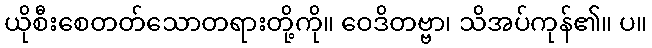
ယိုစီးစေတတ်သောတရားတို့ကို။ ဝေဒိတဗ္ဗာ၊ သိအပ်ကုန်၏။ ပ။